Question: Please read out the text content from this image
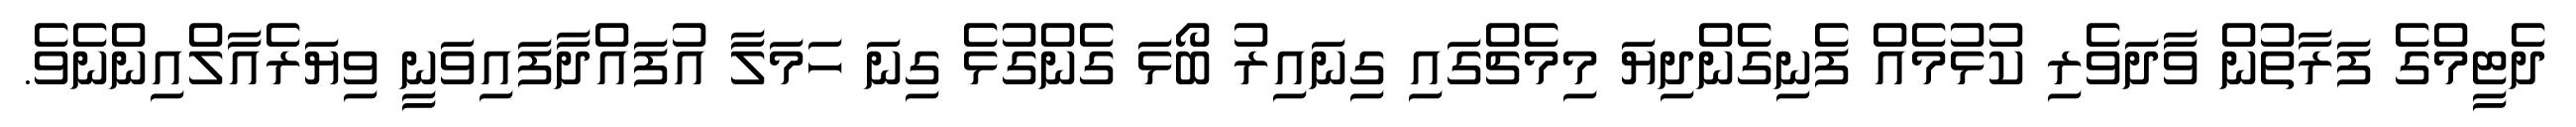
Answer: ދެޓީމްގެ ފަރާތުން ވާދަވެރި ކުޅުމެއް ފެނިގެންދިޔަ މިމެޗްގައި ގިނައިރު ބޯޅަ ގެންގުޅެ ގިނަ ހަމަލާ އުފައްދާފައިވަނީ ވިޔަރެއާލްއިންނެވެ.